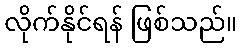
လိုက်နိုင်ရန် ဖြစ်သည်။